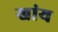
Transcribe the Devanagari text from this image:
खांय